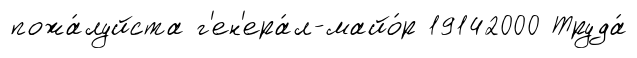
пожа́луйста г'ен'ера́л-майо́р 19142000 Труда́